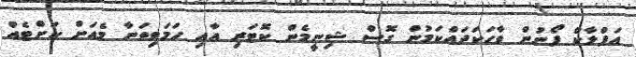
އަފްލާކް ފޯނުން ވާހަކަދައްކަމުން ގޮސް ޝިނީމެން ކޮޓަރި އާއި ހަމަވިތަނާ މެއަށް ކަށްޓެއް